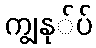
ကျွနု်ပ်